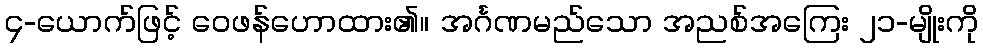
၄-ယောက်ဖြင့် ဝေဖန်ဟောထား၏။ အင်္ဂဏမည်သော အညစ်အကြေး ၂၁-မျိုးကို